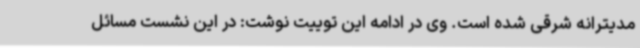
مدیترانه شرقی شده است. وی در ادامه این توییت نوشت: در این نشست مسائل